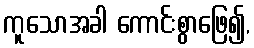
ကူသောအခါ ကောင်းစွာဖြေ၍,